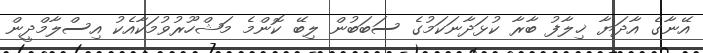
އޭނާގެ އާދަޔާ ޚިލާފު ބާރާ ކުޅަދާނަކަމުގެ ސަބަބުން ލިބޭ ކޮންމެ މަޝްހޫރުވުމަކާއެކު އިސްލާމްދީން